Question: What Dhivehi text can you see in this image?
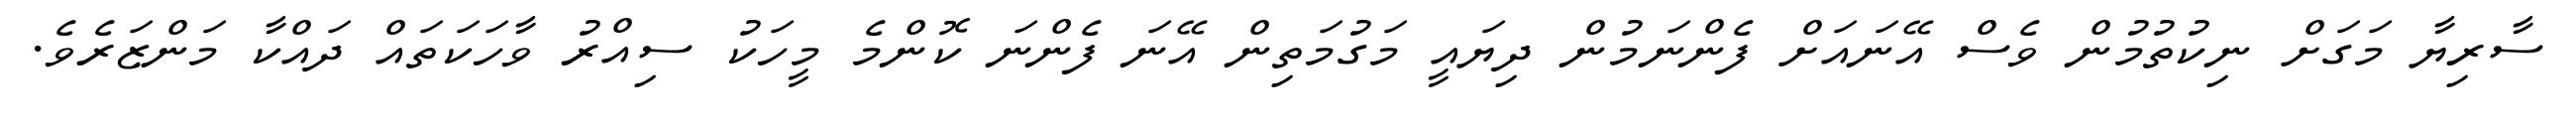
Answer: ސާރިޔާ މަގަށް ނިކުތުމުން ވެސް އޭނައަށް ފެންނަމުން ދިޔައީ މަގުމަތިން އޭނަ ފެންނަ ކޮންމެ މީހަކު ސިއްރު ވާހަކަތައް ދައްކާ މަންޒަރެވެ.